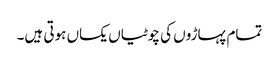
تمام پہاڑوں کی چوٹیاں یکساں ہوتی ہیں۔